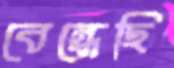
বেন্ধেছি